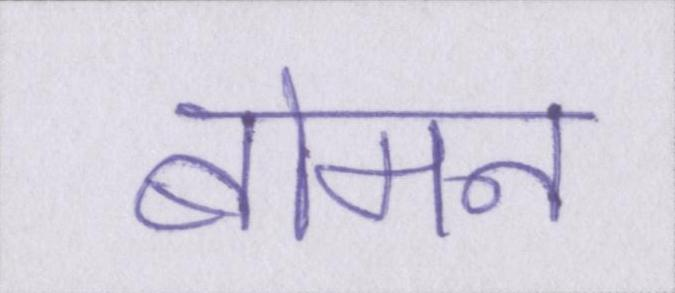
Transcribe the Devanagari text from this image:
बोमन